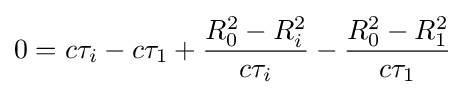
0=c\tau _{i}-c\tau _{1}+{\frac {R_{0}^{2}-R_{i}^{2}}{c\tau _{i}}}-{\frac {R_{0}^{2}-R_{1}^{2}}{c\tau _{1}}}